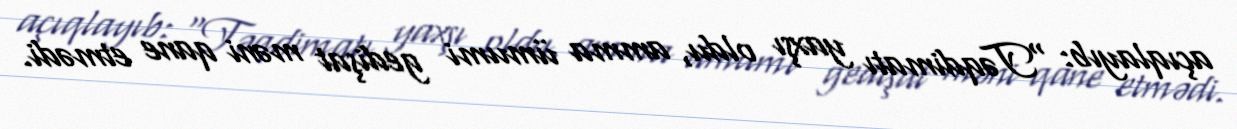
açıqlayıb: “Təqdimatı yaxşı oldu, amma ümumi gedişat məni qane etmədi.